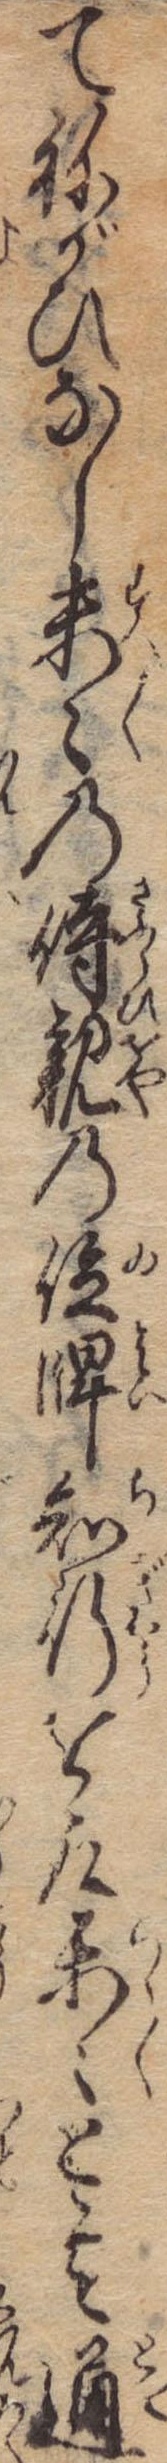
てねがひなし末々の侍親の位牌知行を取楽々と其通